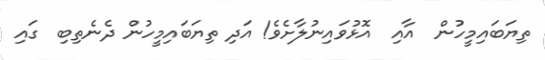
ތިޔަބައިމީހުން  އާއި  އޮޅުވައިނުލާށެވެ! އަދި ތިޔަބައިމީހުން ދެނެތިބި  ގައި